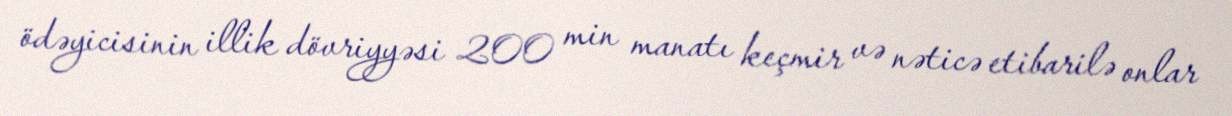
ödəyicisinin illik dövriyyəsi 200 min manatı keçmir və nəticə etibarilə onlar